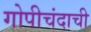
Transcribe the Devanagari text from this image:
गोपीचंदाची